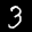
Label: 3